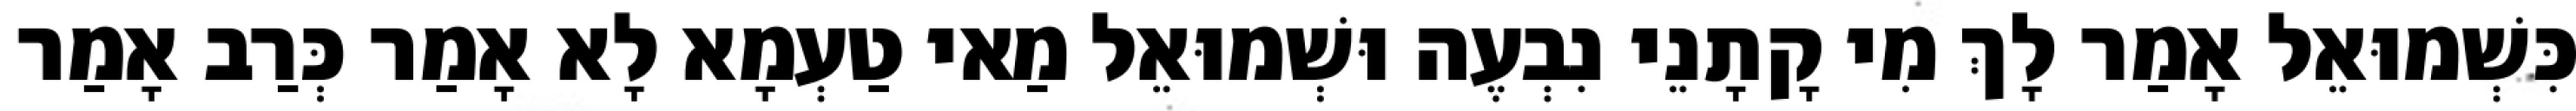
כִּשְׁמוּאֵל אָמַר לָךְ מִי קָתָנֵי נִבְעֶה וּשְׁמוּאֵל מַאי טַעְמָא לָא אָמַר כְּרַב אָמַר